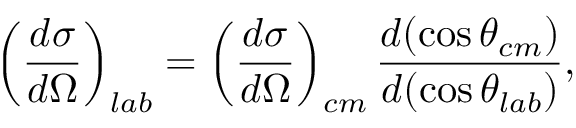
\left( \frac { d \sigma } { d \Omega } \right) _ { l a b } = \left( \frac { d \sigma } { d \Omega } \right) _ { c m } \frac { d ( \cos \theta _ { c m } ) } { d ( \cos \theta _ { l a b } ) } ,